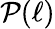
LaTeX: \mathcal{P}(\ell)